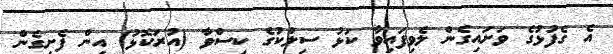
އެ ގެފުޅުގެ ވަށައިގެން ލެވިފައިވާ ކަޅު ސިލްކުގެ ކިސްވާ (އުރަކޮޅު) އިން ފެށިގެން